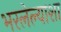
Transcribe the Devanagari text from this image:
भरलेल्याशा